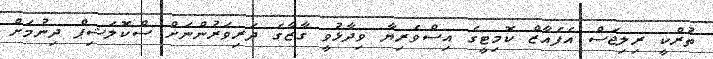
ތުރްކީ ރިލިޖަސް އެފެއާޒް ކޮމިޓީގެ އިސްވެރިޔާ ވިދާޅުވީ ގާޒާގެ ދަރިވަރުންނަށް ސްކޮލަޝިޕް ދިނުމަށް